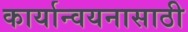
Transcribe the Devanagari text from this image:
कार्यान्वयनासाठी